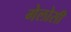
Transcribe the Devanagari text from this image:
गेलोसी